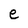
Character: e